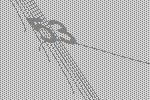
53